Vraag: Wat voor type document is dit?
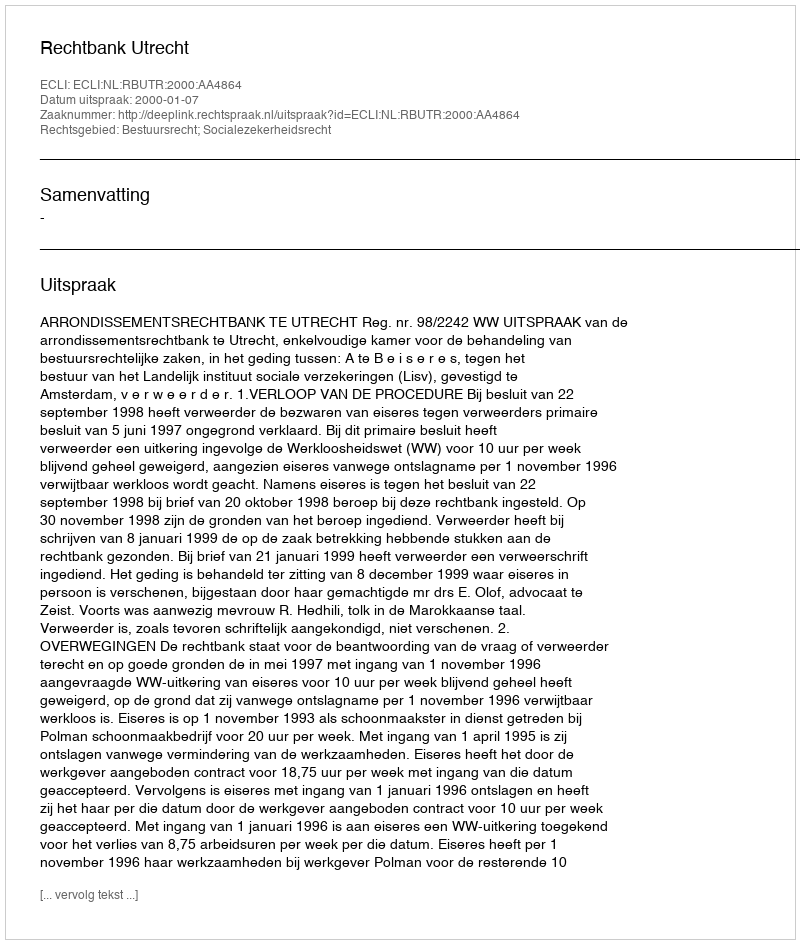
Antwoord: Uitspraak